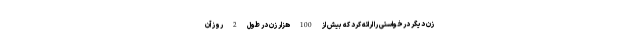
زن دیگر درخواستی را ارائه کرد که بیش از 100 هزار زن در طول 2 روز آن